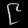
Digit: ၉